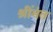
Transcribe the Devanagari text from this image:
श्रींमंत